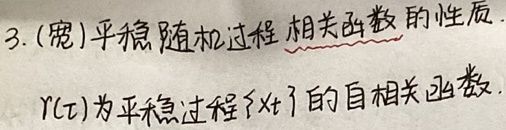
3. (宽)平稳随机过程 **相关函数** 的性质。$r(\tau)$为平稳过程$\{X_t\}$的自相关函数。